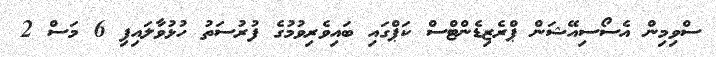
ސްވިމިން އެސޯސިއޭޝަން ޕްރެޒިޑެންޓްސް ކަޕްގައި ބައިވެރިވުމުގެ ފުރުސަތު ހުޅުވާލައިފި 6 މަސް 2